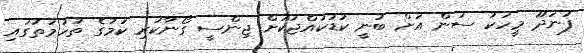
ފުނަދޫ މީހަކު ސަން އަށް ބުނީ ކުޑަކުއްޖަކަށް ޖިންސީ ގޯނާކުރި ކަމުގެ ތުހުމަތުގައި